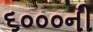
૬૦૦૦ની